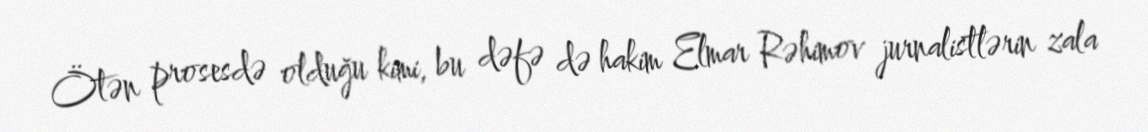
Ötən prosesdə olduğu kimi, bu dəfə də hakim Elmar Rəhimov jurnalistlərin zala